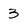
Character: 3